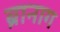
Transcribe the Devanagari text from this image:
ब्रानाग